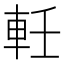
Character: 軠